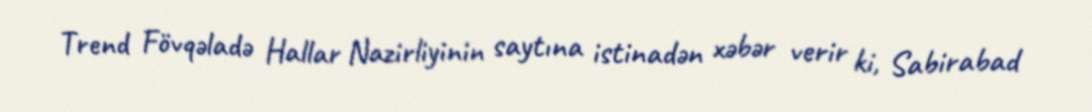
Trend Fövqəladə Hallar Nazirliyinin saytına istinadən xəbər verir ki, Sabirabad